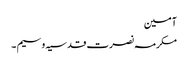
آمین
مکرمہ نصرت قدسیہ وسیم ۔